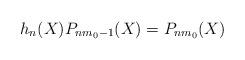
LaTeX: \begin{align*} h_n(X)P_{nm_0-1}(X)=P_{nm_0}(X)\end{align*}